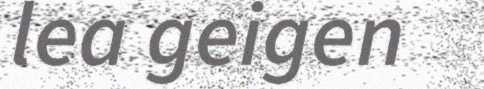
lea geigen